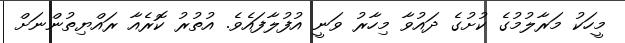
މީހަކު މަރާލުމުގެ ކުށުގެ ދައުވާ މިހާރު ވަނީ އުފުލާފައެވެ. އުތުރު ކޮރެއާ ރައްޔިތުންނަށް